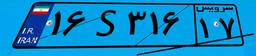
۱۶S۳۱۶۱۷